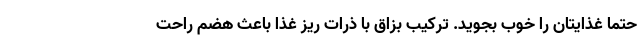
حتما غذایتان را خوب بجوید. ترکیب بزاق با ذرات ریز غذا باعث هضم راحت